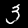
Label: 3